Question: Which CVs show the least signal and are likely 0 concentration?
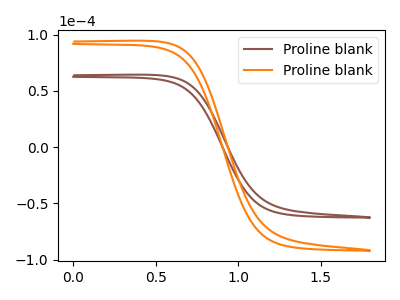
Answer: <think>The brown curve "Proline blank1" has no peaks. The orange curve "Proline blank2" has no peaks.</think>
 <answer>"Proline blank1" and "Proline blank2" are likely to be blanks.</answer>
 <eval>"Proline blank1", "Proline blank2"</eval>